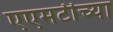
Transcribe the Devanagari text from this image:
एएमटीच्या